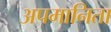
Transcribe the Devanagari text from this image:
अपमानिता